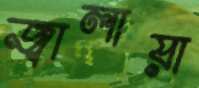
জ্বালায়া